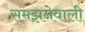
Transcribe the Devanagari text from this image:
समझनेवाली